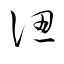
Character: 認